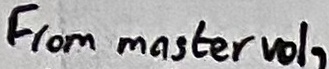
Text: From master vol,